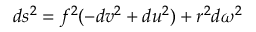
d s ^ { 2 } = f ^ { 2 } ( - d v ^ { 2 } + d u ^ { 2 } ) + r ^ { 2 } d \omega ^ { 2 }